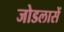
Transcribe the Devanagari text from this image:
जोडलासें